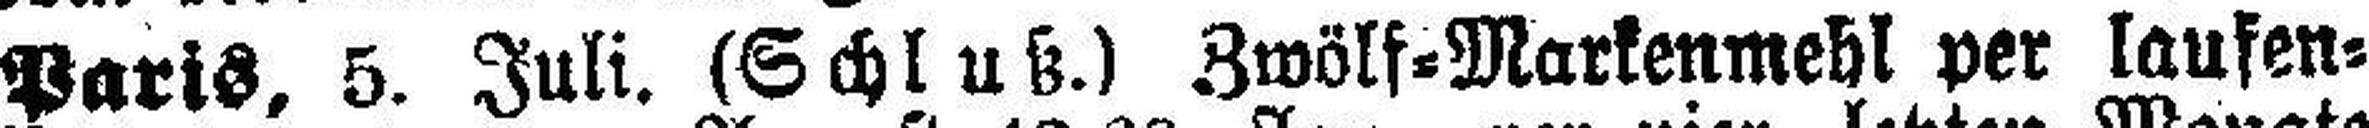
Paris, 5. Juli. (Schluß.) Zwölf=Markenmehl per laufen¬